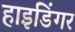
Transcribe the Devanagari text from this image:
हाइडिंगर